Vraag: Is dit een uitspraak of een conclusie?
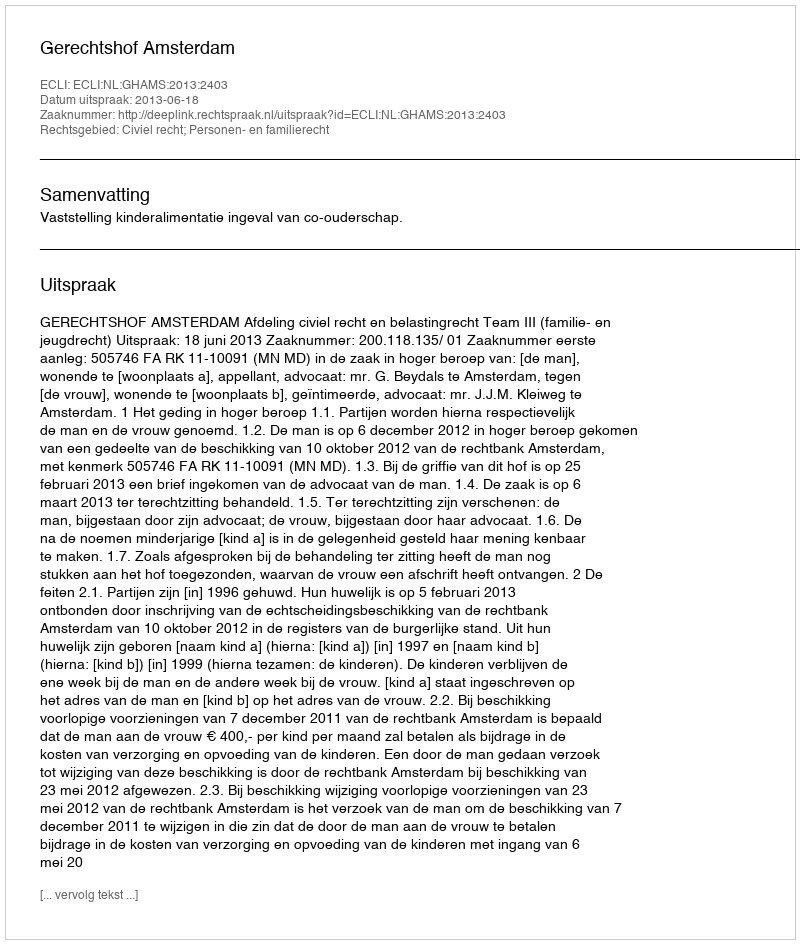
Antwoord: Uitspraak